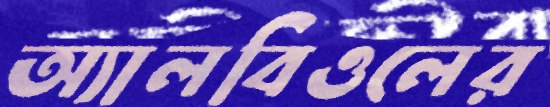
অ্যালবিওলের